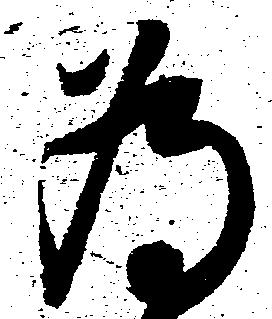
為